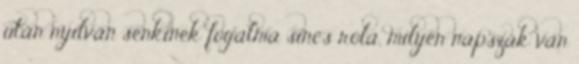
után nyilván senkinek fogalma sincs róla, milyen napszak van